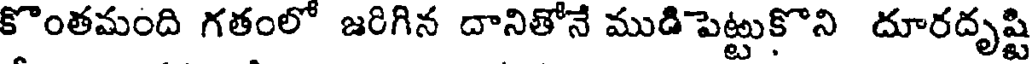
కొంతమంది గతంలో జరిగిన దానితోనే ముడి పెట్టుకొని దూరదృష్టి